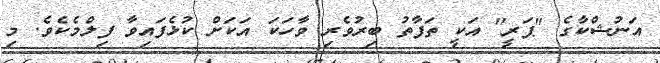
އަނުޝްކާގެ "ޕަރީ" އަކީ ތަފާތު ބިރުވެރި ވާހަކަ އަކަށް ކުޅެފައިވާ ފިލްމެކެވެ. މި